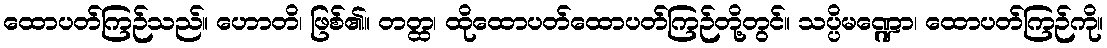
ထောပတ်ကြဉ်သည်။ ဟောတိ၊ ဖြစ်၏။ တတ္ထ၊ ထိုထောပတ်ထောပတ်ကြဉ်တို့တွင်။ သပ္ပိမဏ္ဍော၊ ထောပတ်ကြဉ်ကို။